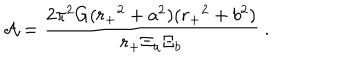
LaTeX: { \cal A } = { \frac { 2 \pi ^ { 2 } G ( { r _ { + } } ^ { 2 } + a ^ { 2 } ) ( { r _ { + } } ^ { 2 } + b ^ { 2 } ) } { { r _ { + } } \Xi _ { a } \Xi _ { b } } } \ .